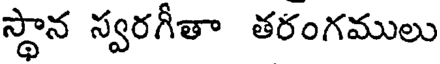
స్థాన స్వరగీతా తరంగములు